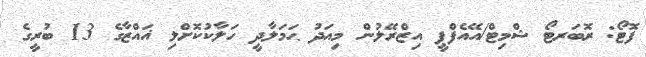
ފޮޓޯ: ރޮބަރޓޯ ޝްމިޓް/އޭއެފްޕީ އިޒްރޭލުން މިއަދު ޙަމަލާދީ ހަލާކުކޮށްލި ޣައްޒާގެ 13 ބުރީގެ